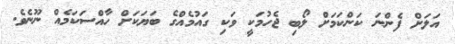
އަލަށް ފެންނަ ކަންކަމަށް ލޯބި ޖެހުމަކީ ވަކި ގައުމެއްގެ ބަޔަކަށް ހާއްސަކަމެއް ނޫނެވެ.